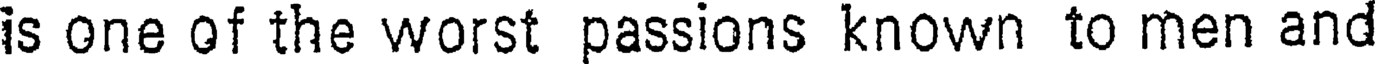
is one of the worst passions known to men and